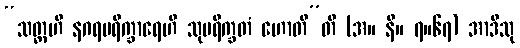
“သတ္တဟိ နဂရပရိက္ခာရေဟိ သုပရိက္ခတံ ဟောတီ”တိ (အ။ နိ။ ၇။၆၇) အာဒီသု